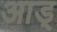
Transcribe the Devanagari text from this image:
आड्